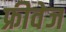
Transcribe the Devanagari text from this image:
फ्रीवेज